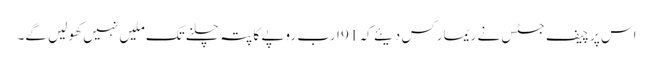
اس پر چیف جسٹس نے ریمارکس دیئے کہ 91 ارب روپے کا پتہ چلنےتک ملیں نہیں کھولیں گے۔